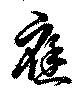
応